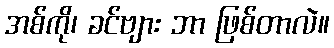
အစ်ကို၊ ခင်ဗျား ဘာ ဖြစ်တာလဲ။